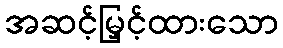
အဆင့်မြှင့်ထားသော